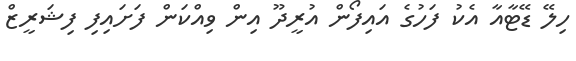
ހިލޭ ޑޭޓާއާ އެކު ފަހުގެ އައިފޯން އުރީދޫ އިން ވިއްކަން ފަށައިފި ފިޝަރީޒް